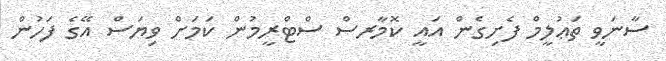
ސާނަވީ ތަޢުލީމް ފެށިގެން އައީ ކޮމާރސް ސްޓްރީމުން ކަމަށް ވިޔަސް އޭގެ ފަހުން